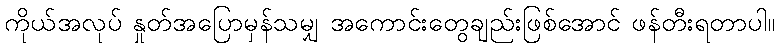
ကိုယ်အလုပ် နှုတ်အပြောမှန်သမျှ အကောင်းတွေချည်းဖြစ်အောင် ဖန်တီးရတာပါ။